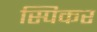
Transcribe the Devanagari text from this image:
स्पिकर